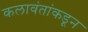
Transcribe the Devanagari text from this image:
कलावंतांकडून